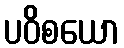
ပဝိစယော